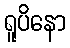
ရူပိနော